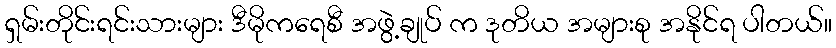
ရှမ်းတိုင်းရင်းသားများ ဒီမိုကရေစီ အဖွဲ့ချုပ် က ဒုတိယ အများစု အနိုင်ရ ပါတယ်။